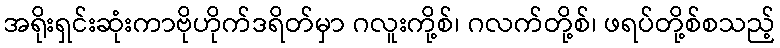
အရိုးရှင်းဆုံးကာဗိုဟိုက်ဒရိတ်မှာ ဂလူးကို့စ်၊ ဂလက်တို့စ်၊ ဖရပ်တို့စ်စသည့်